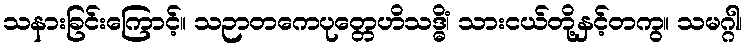
သနားခြင်းကြောင့်။ သဉာတကေပုတ္တေဟိသဒ္ဓိံ၊ သားငယ်တို့နှင့်တကွ။ သမဂ္ဂါ၊